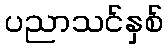
ပညာသင်နှစ်